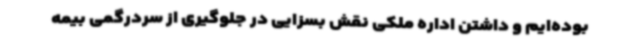
بوده‌ایم و داشتن اداره ملکی نقش بسزایی در جلوگیری از سردرگمی بیمه